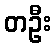
တဦး